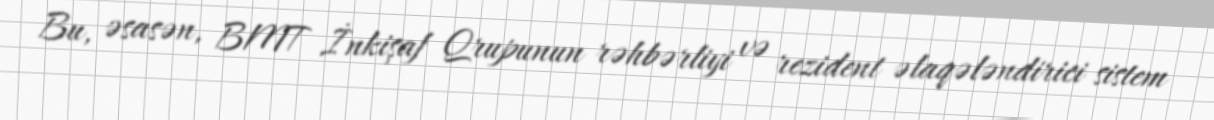
Bu, əsasən, BMT İnkişaf Qrupunun rəhbərliyi və rezident əlaqələndirici sistem